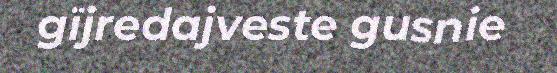
gïjredajveste gusnie